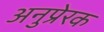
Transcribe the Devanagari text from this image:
अनुप्रेरक